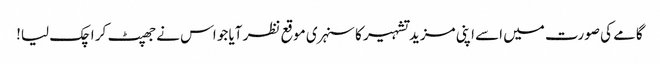
گامے کی صورت میں اسے اپنی مزید تشہیر کا سنہری موقع نظر آیا جو اس نے جھپٹ کر اچک لیا!